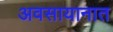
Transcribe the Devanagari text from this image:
अवसायानात